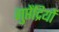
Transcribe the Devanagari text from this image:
गुप्तेंद्रियों